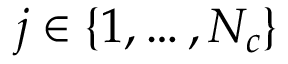
j \in \left\lbrace 1 , \dots , N _ { c } \right\rbrace